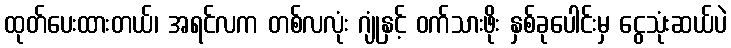
ထုတ်ပေးထားတယ်၊ အရင်လက တစ်လလုံး ဂျုံနှင့် ဝက်သားဖိုး နှစ်ခုပေါင်းမှ ငွေသုံးဆယ်ပဲ